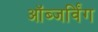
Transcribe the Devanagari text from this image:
ऑब्जर्विंग